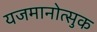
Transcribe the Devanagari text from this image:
यजमानोत्सुक